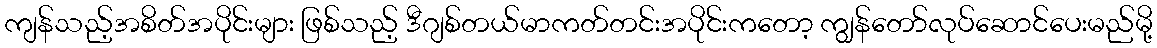
ကျန်သည့်အစိတ်အပိုင်းများ ဖြစ်သည့် ဒီဂျစ်တယ်မာကတ်တင်းအပိုင်းကတော့ ကျွန်တော်လုပ်ဆောင်ပေးမည်မို့